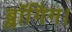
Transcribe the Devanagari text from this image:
ब्लॉगिंग।